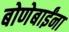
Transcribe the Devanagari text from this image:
बोणेबाईंना